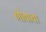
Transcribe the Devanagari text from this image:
गोवाचा